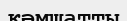
кәмшатты